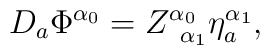
D_{a}\Phi ^{\alpha _{0}}=Z_{\;\;\alpha _{1}}^{\alpha _{0}}\eta _{a}^{\alpha_{1}},